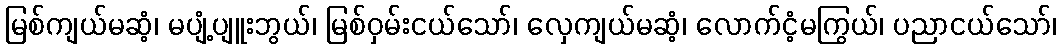
မြစ်ကျယ်မဆံ့၊ မပျံ့ပျူးဘွယ်၊ မြစ်ဝှမ်းငယ်သော်၊ လှေကျယ်မဆံ့၊ လောက်ငံ့မကြွယ်၊ ပညာငယ်သော်၊